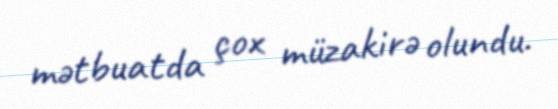
mətbuatda çox müzakirə olundu.